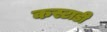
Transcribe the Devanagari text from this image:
कस्टाडी